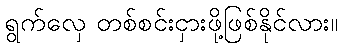
ရွက်လှေ တစ်စင်းငှားဖို့ဖြစ်နိုင်လား။